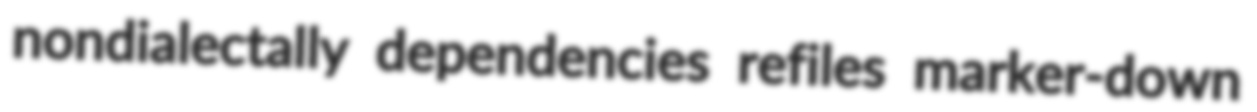
nondialectally dependencies refiles marker-down